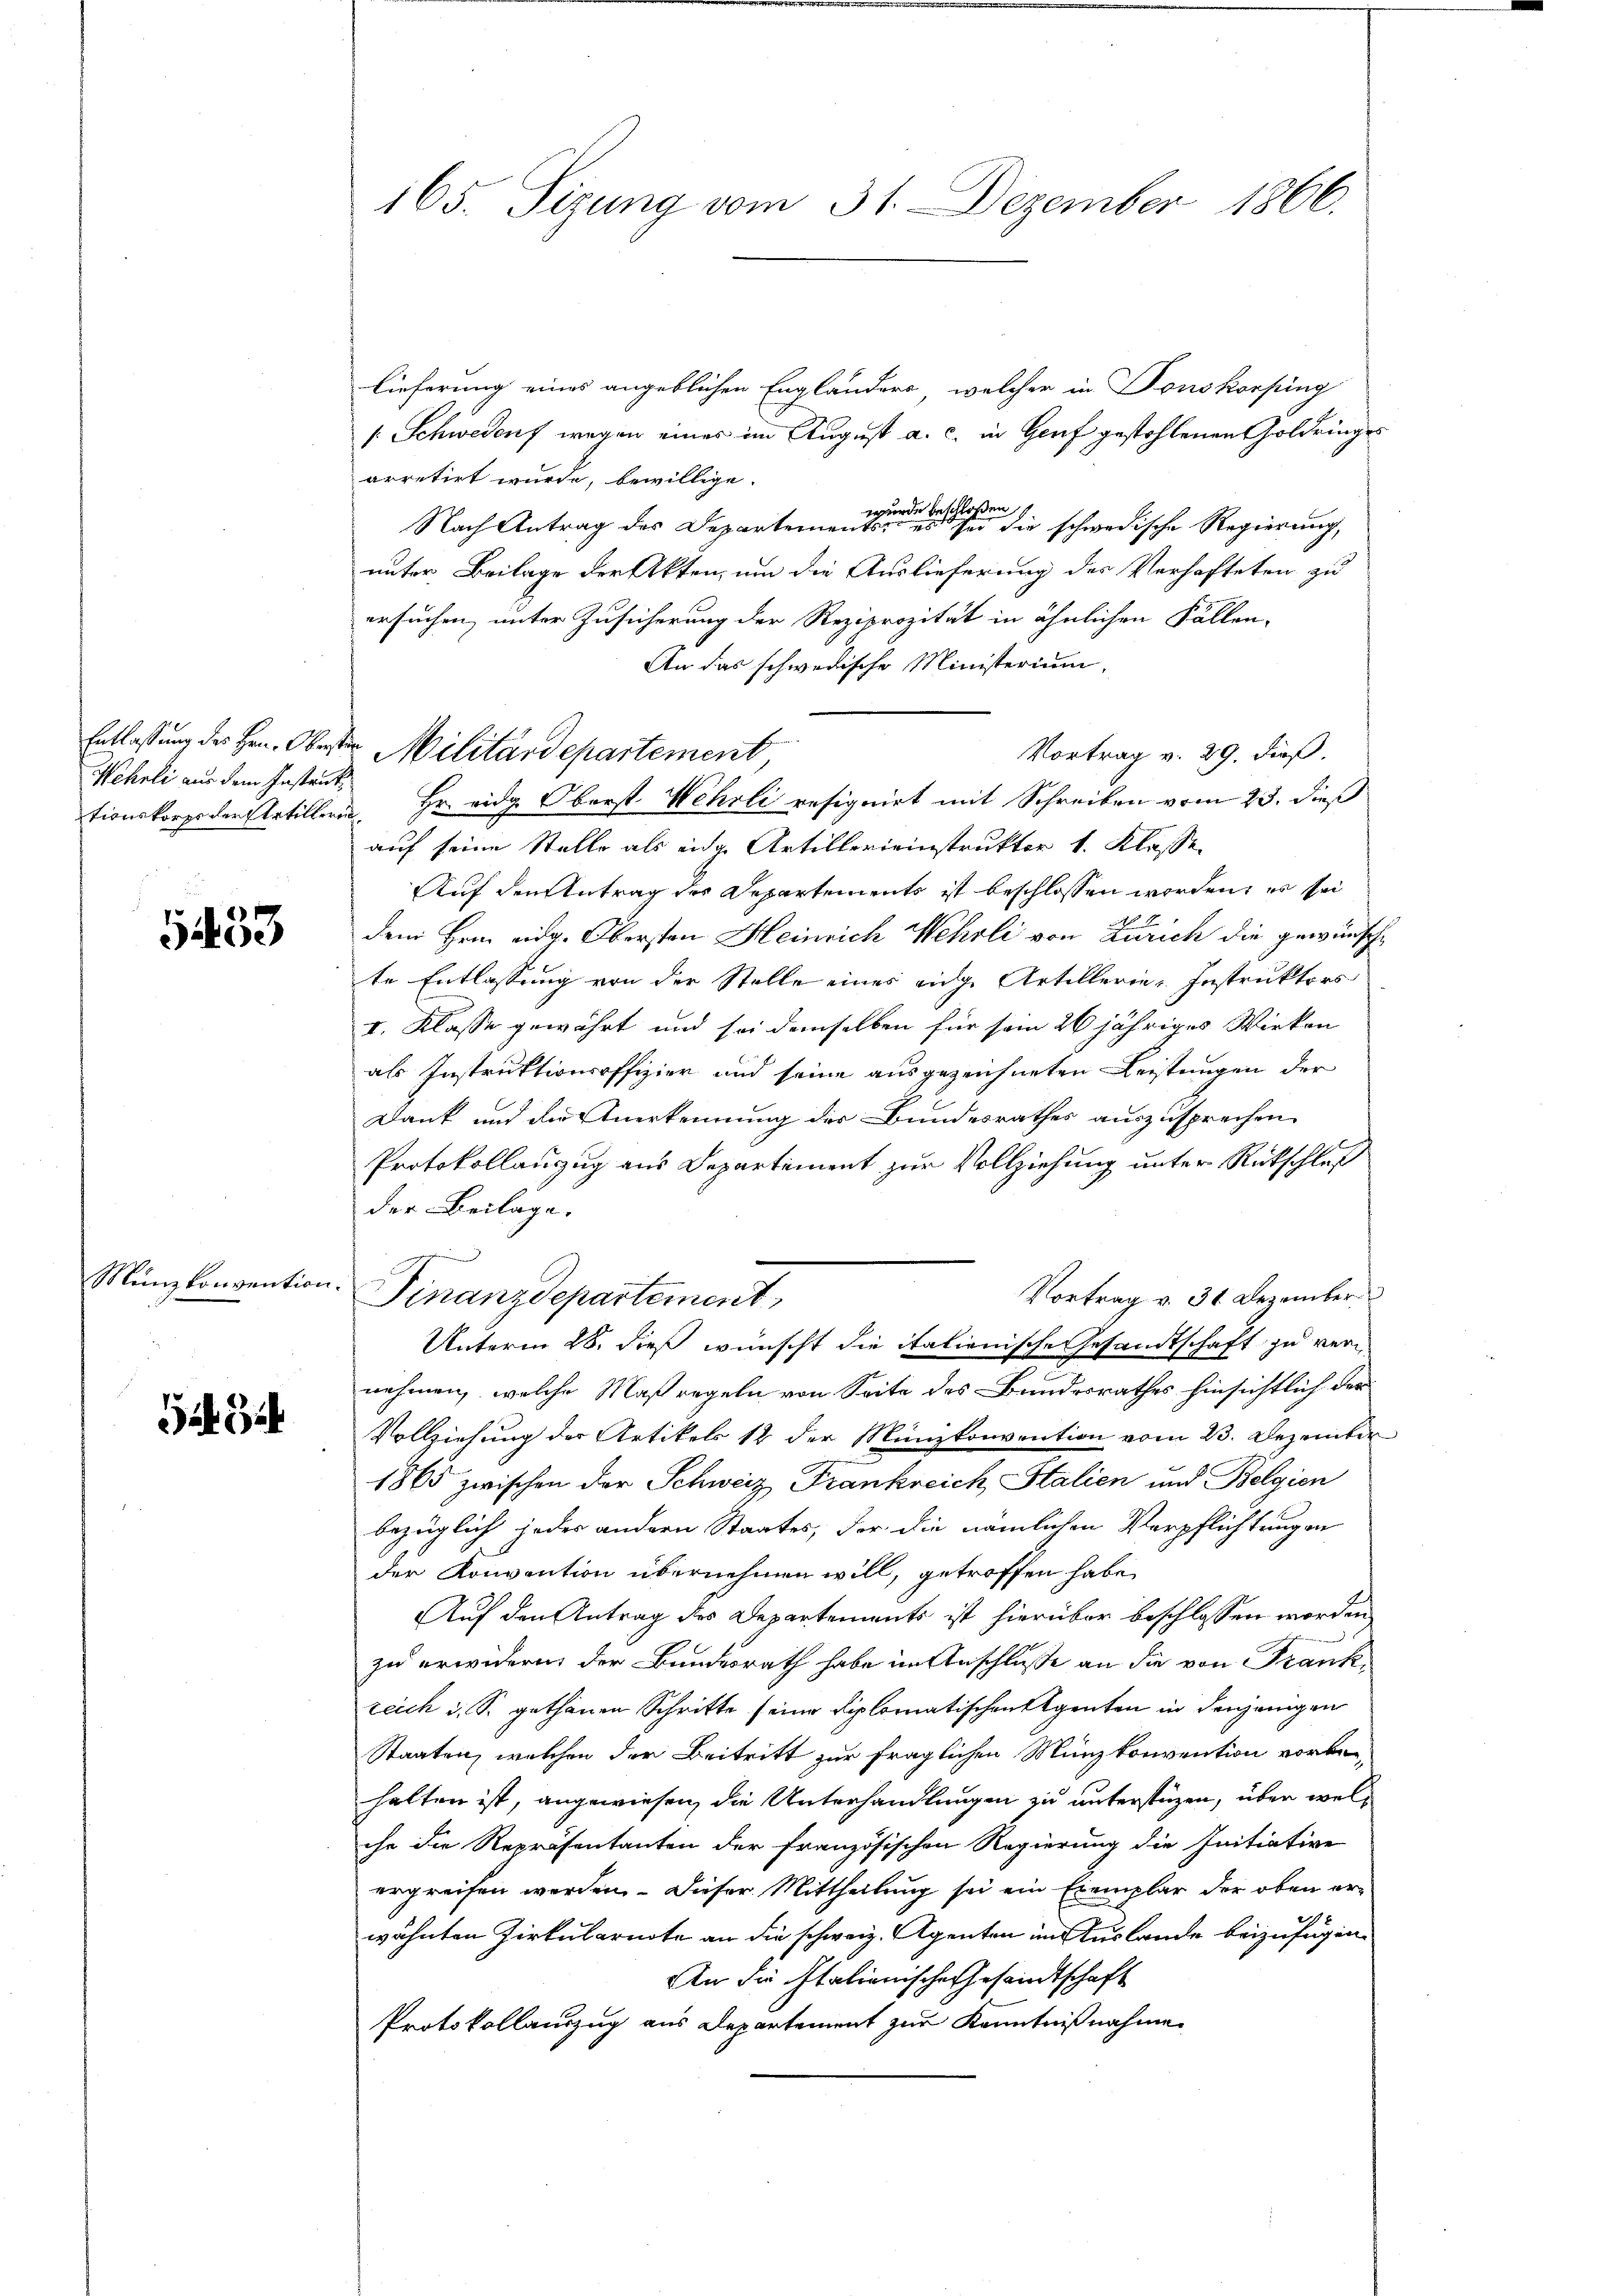
tionskorps der Artillerin,

5433

Münzkonvention

3

165. Sizung vom 31. Dezember 1866.

lieferung eines angeblichen Englanders, welcher in Fonskorfung
/: Schwedens wegen eines im August a. c. in Genf gestohlenen Goldringes
arretirt wurde, bewillige.
19.
Nach Antrag des Departementen schwedische Regierung,
unter Beilage der Akten, um die Auslieferung des Verhafteten zu
ersuchen, unter Zusicherung der Reziprozität in ähnlichen Fällen-
An das schwedische Ministerium,
Vortrag v. 29. dieß.
Wehrli aus dem Instante Hr. eidg. Oberst Wehrli resignirt mit Schreiben vom 23. dieß
auf seine Stelle als eidg. Artillerieinstrukter 1. Klasse
Auf den Antrag der Departements ist beschlossen worden, es sei
dem Hrn. eidg. Obersten Heinrich Wehrli von Zürich die gewünschte Entlassung von der Stelle eines eige Artillerie-Instruktors
I. Klasse gewährt und sei demselben für sein 26 jähriges Wirken
als Instruktionsoffizier und seine ausgezeichneten Leistungen der
Dank und der Anerkennung des Bundesrathes auszusprechen.
Protokollauszug aus Departement zur Vollziehung unter Rückschluß
der Beilage.
m
Vortrag v. 31. Dezember.
Finanzdepartement
Unterm 28. dieß wünscht die italienische Gesandtschaft zu vernehmen, welche Maßregeln von Seite des Bundesrathes hinsichtlich der
Vollziehung der Artikels 12 der Münzkonvention vom 23. Dezember
1865 zwischen der Schweiz Frankreich Stalien und Belgien
bezüglich jeder andern Staates, der die nämlichen Verpflichtungen
der Konvention übernehmen will, getroffen habe,
Auf den Antrag des Departements ist hierüber beschlossen worden,
zu erwidern, der Bundesrath habe in Anschlusse an die von Frankreich i. S. gethanen Schritte seine Diplomatischen Regenten in denjenigen
Staaten, welchen der Beitritt zur fraglichen Münzkonvention vorbe
halten ist, angewiesen, die Unterhandlungen zu unterstüzen, über welche die Repräsentanten der Französischen Regierung die Initiative
ergreifen werden. Dieser Mittheilung sei ein Exemplar der oben erwähnten Zirkularnote an die schweiz. Agenten im Auslande beizufügen.
An die Italionische Gesandtschaft
Protokollanzug aus Departement zur Kenntnißnahmen

Entlassung des Hrn. Oberster Militärdepartement